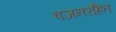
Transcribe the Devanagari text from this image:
वजनरहित